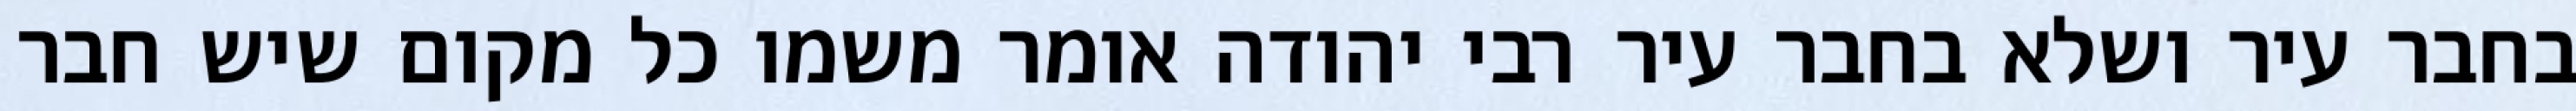
בחבר עיר ושלא בחבר עיר רבי יהודה אומר משמו כל מקום שיש חבר